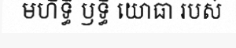
មហិទ្ធិ ឫទ្ធិ យោធា របស់